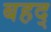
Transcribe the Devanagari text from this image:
बहद्